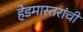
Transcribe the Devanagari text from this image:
हेडमास्तरांची